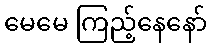
မေမေ ကြည့်နေနော်